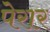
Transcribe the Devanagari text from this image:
पेरार